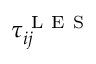
\tau _ { i j } ^ { \mathrm { ~ L ~ E ~ S ~ } }